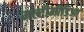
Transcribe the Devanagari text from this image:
मल्टीमीडिआ